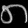
Digit: ၈